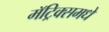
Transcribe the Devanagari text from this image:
मॅट्रिक्समधे